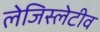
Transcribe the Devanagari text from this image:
लेजिस्लेटीव